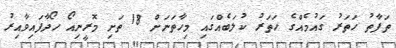
ތަފާތު ހަތަރު ގައުމެއްގެ ހަތަރު ކުލަބެއްގައި މިހާތަނަށް 18 ތަށި މޮރީނިއޯ ހޯދާފައިވާއިރު